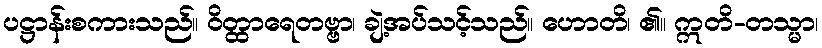
ပဋ္ဌာန်းစကားသည်။ ဝိတ္ထာရေတဗ္ဗာ၊ ချဲ့အပ်သင့်သည်။ ဟောတိ၊ ၏။ ဣတိ-တသ္မာ၊